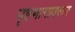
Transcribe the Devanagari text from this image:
पृष्टभागावरून